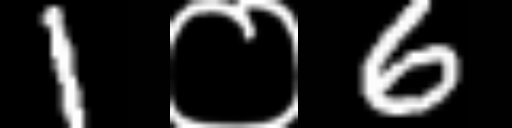
Text: 1०6